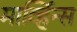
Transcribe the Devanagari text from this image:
मार्व्हिन्स